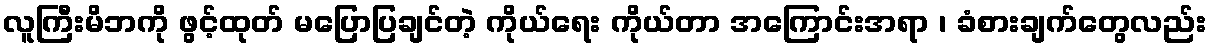
လူကြီးမိဘကို ဖွင့်ထုတ် မပြောပြချင်တဲ့ ကိုယ်ရေး ကိုယ်တာ အကြောင်းအရာ ၊ ခံစားချက်တွေလည်း